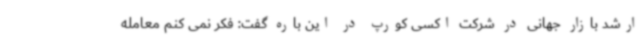
ارشد بازار جهانی در شرکت اکسی کورپ در این باره گفت: فکر نمی کنم معامله